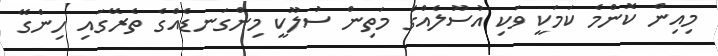
މިއިން ކޮންމެ ކަމަކީ ވަކި އުސޫލެއްގެ މަތިން ސުލޫކީ މިންގަނޑެއްގެ ތެރޭގައި ހިންގޭ